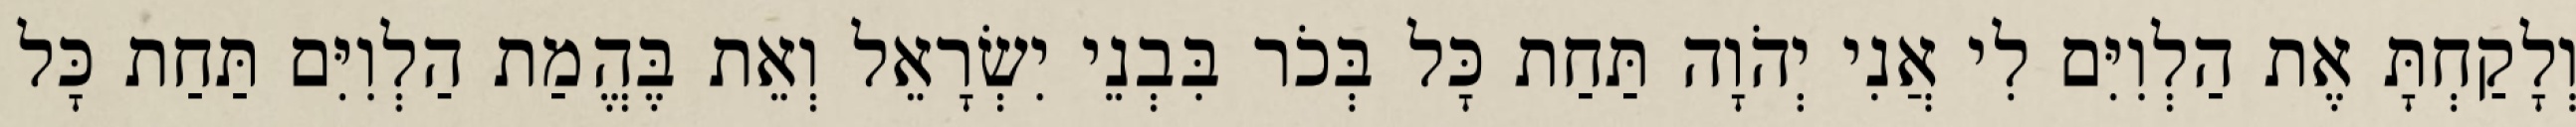
וְלָקַחְתָּ אֶת הַלְוִיִּם לִי אֲנִי יְהֹוָה תַּחַת כָּל בְּכֹר בִּבְנֵי יִשְׂרָאֵל וְאֵת בֶּהֱמַת הַלְוִיִּם תַּחַת כָּל